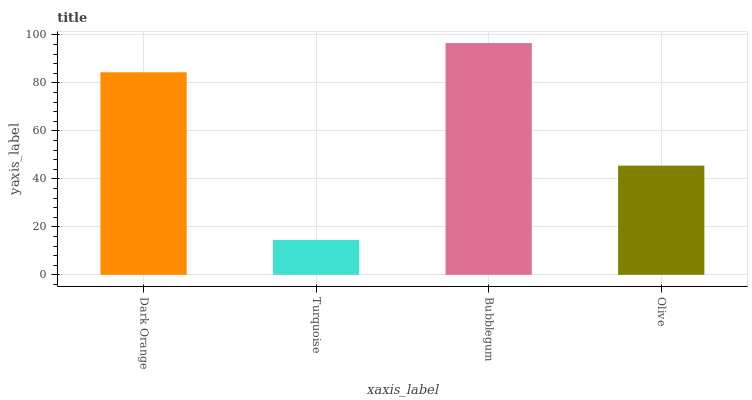
| xaxis_label | bars |
 | --- | --- |
 | Dark Orange | 84.4 |
 | Turquoise | 14.5 |
 | Bubblegum | 96.6 |
 | Olive | 45.5 |